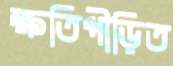
ক্ষতিপীড়িত